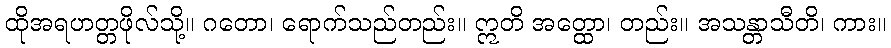
ထိုအရဟတ္တဖိုလ်သို့။ ဂတော၊ ရောက်သည်တည်း။ ဣတိ အတ္ထော၊ တည်း။ အသန္တာသီတိ၊ ကား။